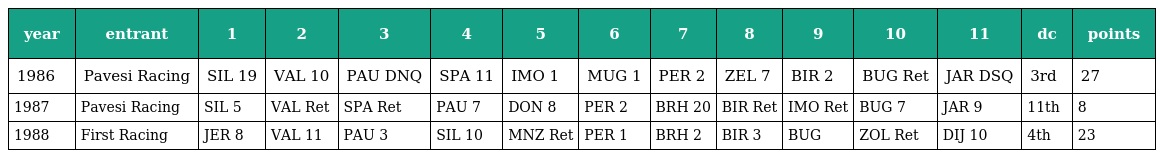
| year | entrant | 1 | 2 | 3 | 4 | 5 | 6 | 7 | 8 | 9 | 10 | 11 | dc | points |
 | --- | --- | --- | --- | --- | --- | --- | --- | --- | --- | --- | --- | --- | --- | --- |
 | 1986 | Pavesi Racing | SIL 19 | VAL 10 | PAU DNQ | SPA 11 | IMO 1 | MUG 1 | PER 2 | ZEL 7 | BIR 2 | BUG Ret | JAR DSQ | 3rd | 27 |
 | 1987 | Pavesi Racing | SIL 5 | VAL Ret | SPA Ret | PAU 7 | DON 8 | PER 2 | BRH 20 | BIR Ret | IMO Ret | BUG 7 | JAR 9 | 11th | 8 |
 | 1988 | First Racing | JER 8 | VAL 11 | PAU 3 | SIL 10 | MNZ Ret | PER 1 | BRH 2 | BIR 3 | BUG | ZOL Ret | DIJ 10 | 4th | 23 |